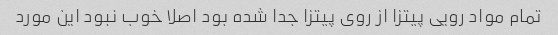
تمام مواد رویی پیتزا از روی پیتزا جدا شده بود اصلا خوب نبود این مورد